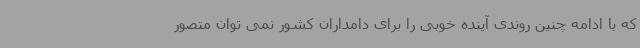
که با ادامه چنین روندی آینده خوبی را برای دامداران کشور نمی توان متصور